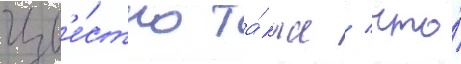
Изв'е́стно та́кже / что́